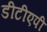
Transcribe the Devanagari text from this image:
डीटीएपी